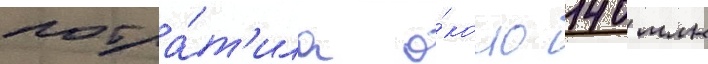
потра́т'ила о́коло 140 млн